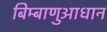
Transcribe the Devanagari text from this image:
बिम्बाणुआधान